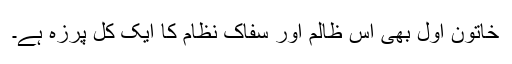
خاتون اول بھی اس ظالم اور سفاک نظام کا ایک کل پرزہ ہے۔